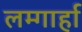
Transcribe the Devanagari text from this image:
लम्गार्हा